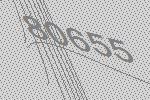
80655